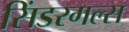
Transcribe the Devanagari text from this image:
सिंडरगल्स